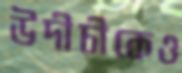
উদীচীকেও